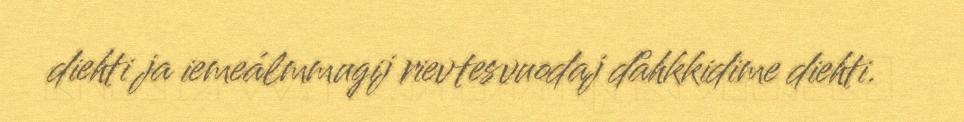
diehti ja iemeálmmugij rievtesvuodaj dåhkkidime diehti.